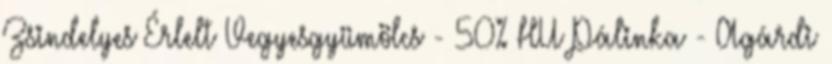
Zsindelyes Érlelt Vegyesgyümölcs - 50% HU Pálinka - Agárdi